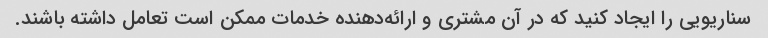
سناریویی را ایجاد کنید که در آن مشتری و ارائه‌دهنده خدمات ممکن است تعامل داشته باشند.